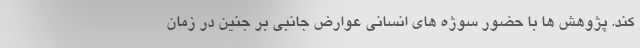
کند. پژوهش ها با حضور سوژه های انسانی عوارض جانبی بر جنین در زمان